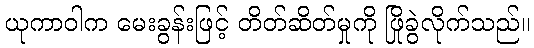
ယုကာဝါက မေးခွန်းဖြင့် တိတ်ဆိတ်မှုကို ဖြိုခွဲလိုက်သည်။